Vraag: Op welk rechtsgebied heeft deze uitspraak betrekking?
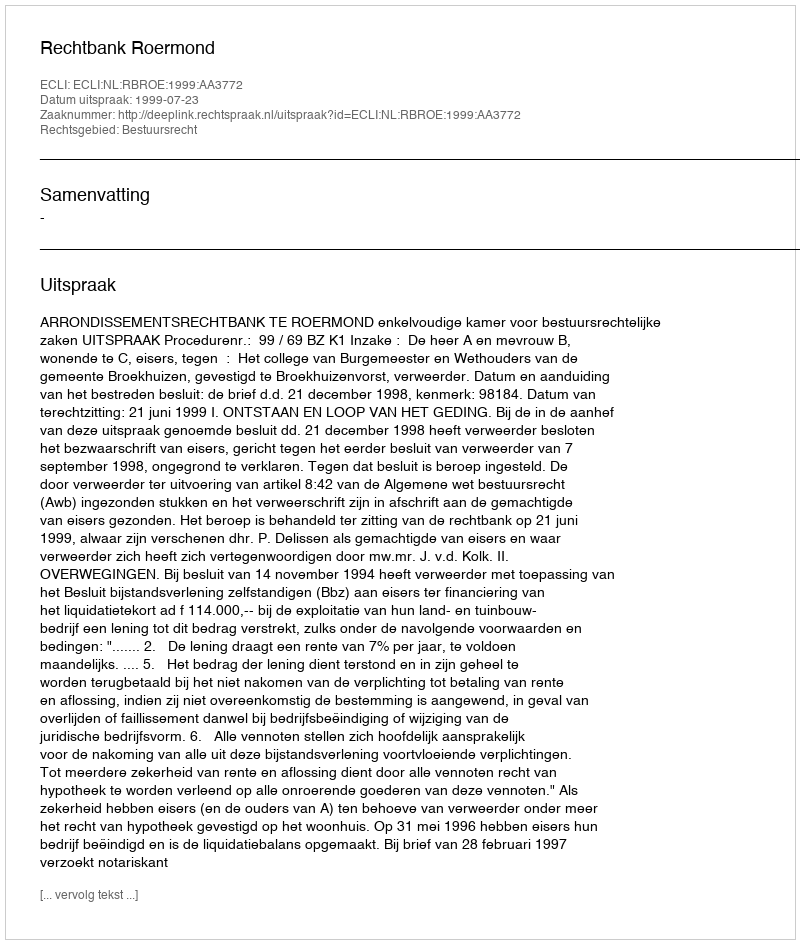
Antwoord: Bestuursrecht